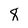
Character: 8